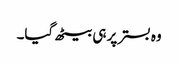
وہ بستر پر ہی بیٹھ گیا۔